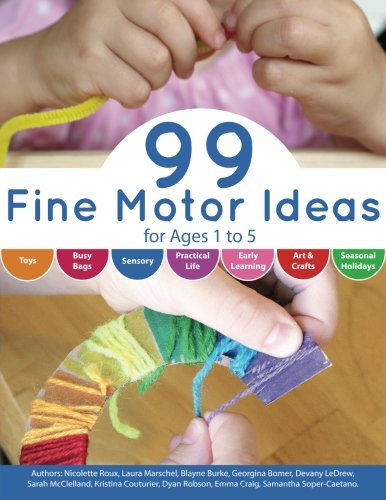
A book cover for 99 Fine Motor Ideas for Ages 1 to 5; Nicolette Roux; Crafts, Hobbies & Home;